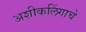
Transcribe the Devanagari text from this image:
अशीकलिंगाचे